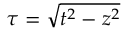
\tau = \sqrt { t ^ { 2 } - z ^ { 2 } }